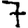
Digit: 7